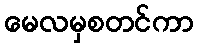
မေလမှစတင်ကာ